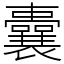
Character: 囊